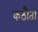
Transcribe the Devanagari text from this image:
कठौता